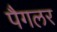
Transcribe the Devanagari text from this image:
पैगलर